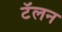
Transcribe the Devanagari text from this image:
टॅलन